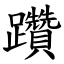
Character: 躦